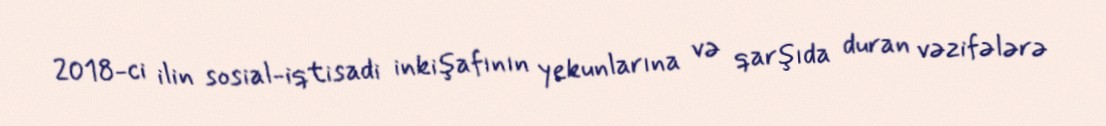
2018-ci ilin sosial-iqtisadi inkişafının yekunlarına və qarşıda duran vəzifələrə